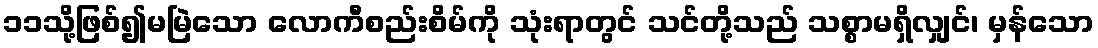
၁၁သို့ဖြစ်၍မမြဲသော လောကီစည်းစိမ်ကို သုံးရာတွင် သင်တို့သည် သစ္စာမရှိလျှင်၊ မှန်သော